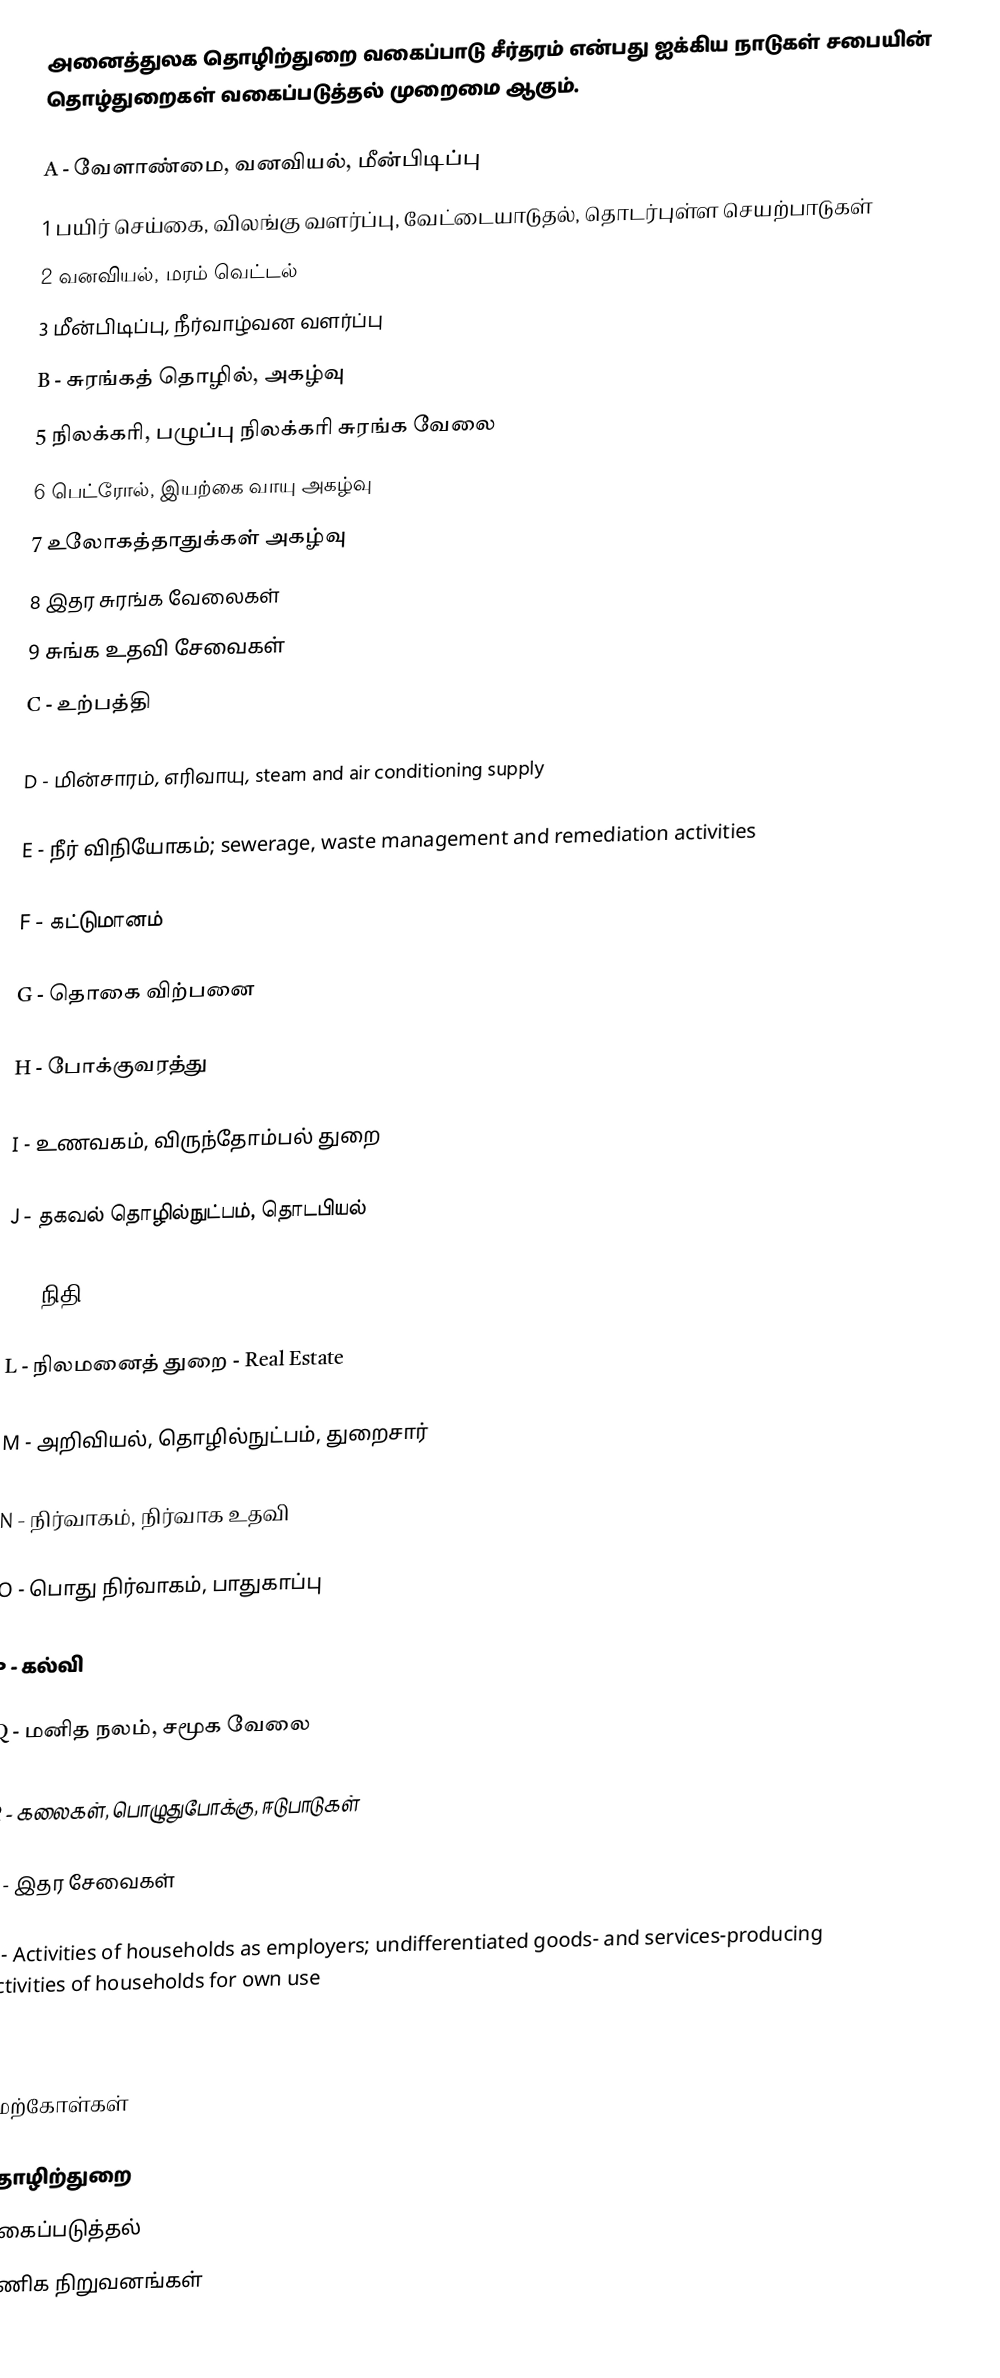
அனைத்துலக தொழிற்துறை வகைப்பாடு சீர்தரம் என்பது ஐக்கிய நாடுகள் சபையின் தொழ்துறைகள் வகைப்படுத்தல் முறைமை ஆகும்.

A - வேளாண்மை, வனவியல், மீன்பிடிப்பு
1 பயிர் செய்கை, விலங்கு வளர்ப்பு, வேட்டையாடுதல்,  தொடர்புள்ள செயற்பாடுகள்
2 வனவியல், மரம் வெட்டல்
3 மீன்பிடிப்பு, நீர்வாழ்வன வளர்ப்பு
B - சுரங்கத் தொழில், அகழ்வு
5 நிலக்கரி, பழுப்பு நிலக்கரி சுரங்க வேலை
6 பெட்ரோல், இயற்கை வாயு அகழ்வு
7 உலோகத்தாதுக்கள் அகழ்வு
8 இதர சுரங்க வேலைகள்
9 சுங்க உதவி சேவைகள்
C - உற்பத்தி

D - மின்சாரம், எரிவாயு, steam and air conditioning supply

E - நீர் விநியோகம்; sewerage, waste management and remediation activities

F - கட்டுமானம்

G - தொகை விற்பனை

H - போக்குவரத்து

I - உணவகம், விருந்தோம்பல் துறை

J - தகவல் தொழில்நுட்பம், தொடபியல்

K - நிதி - finanical

L - நிலமனைத் துறை - Real Estate

M - அறிவியல், தொழில்நுட்பம், துறைசார்

N - நிர்வாகம், நிர்வாக உதவி

O - பொது நிர்வாகம், பாதுகாப்பு

P - கல்வி

Q - மனித நலம், சமூக வேலை

R - கலைகள், பொழுதுபோக்கு, ஈடுபாடுகள்

S - இதர சேவைகள்

T - Activities of households as employers; undifferentiated goods- and services-producing activities of households for own use

U - Activities of extraterritorial organizations and bodies

மேற்கோள்கள்

தொழிற்துறை
வகைப்படுத்தல்
வணிக நிறுவனங்கள்